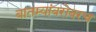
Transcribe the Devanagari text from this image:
बातम्यांबरोबरच